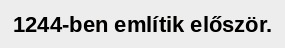
1244-ben említik először.